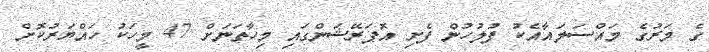
ގެ މަރުގެ މައްސަލައާއެކު ފުލުހުން ފެށި އޮޕަރޭޝަންގައި މިހާތަނަށް 47 މީހަކު ހައްޔަރުކޮށް